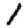
Digit: 1